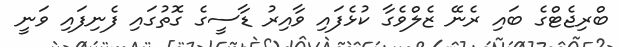
ބްރިޖެޓްގެ ބައި ރެނޭ ޒެލްވެގާ ކުޅެފައި ވާއިރު ޑާސީގެ ގޮތުގައި ފެނިފައި ވަނީ